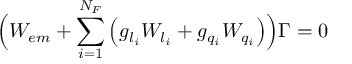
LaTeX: \Bigl ( { \cal W } _ { e m } + \sum _ { i = 1 } ^ { N _ { F } } \left( g _ { l _ { i } } { \cal W } _ { l _ { i } } + g _ { q _ { i } } { \cal W } _ { q _ { i } } \right) \Bigr ) \Gamma = 0